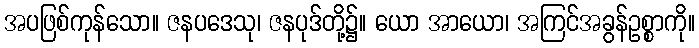
အပဖြစ်ကုန်သော။ ဇနပဒေသု၊ ဇနပုဒ်တို့၌။ ယော အာယော၊ အကြင်အခွန်ဥစ္စာကို။